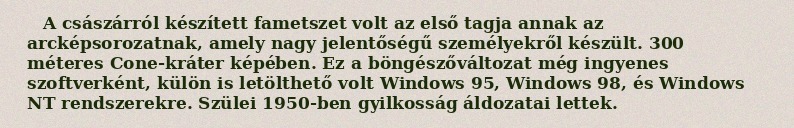
A császárról készített fametszet volt az első tagja annak az arcképsorozatnak, amely nagy jelentőségű személyekről készült. 300 méteres Cone-kráter képében. Ez a böngészőváltozat még ingyenes szoftverként, külön is letölthető volt Windows 95, Windows 98, és Windows NT rendszerekre. Szülei 1950-ben gyilkosság áldozatai lettek.